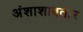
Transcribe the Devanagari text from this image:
अंशाशावतार